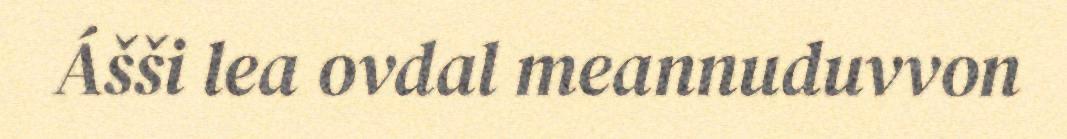
Ášši lea ovdal meannuduvvon